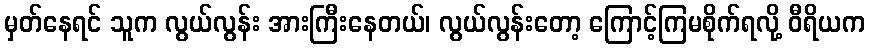
မှတ်နေရင် သူက လွယ်လွန်း အားကြီးနေတယ်၊ လွယ်လွန်းတော့ ကြောင့်ကြမစိုက်ရလို့ ဝီရိယက